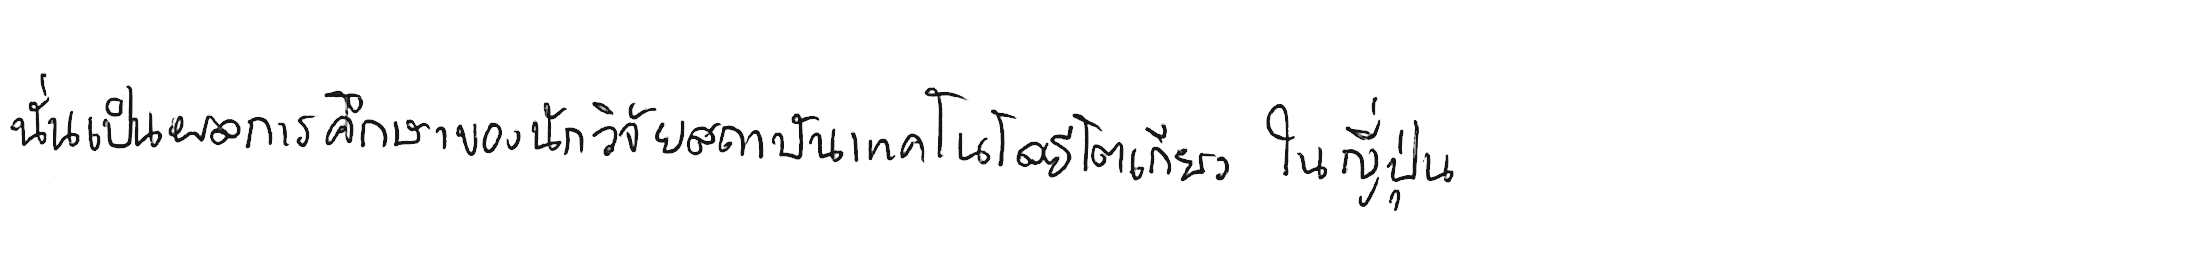
นั่นเป็นผลการศึกษาของนักวิจัยสถาบันเทคโนโลยีโตเกียว ในญี่ปุ่น